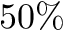
5 0 \%